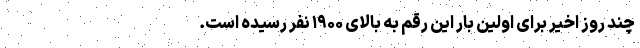
چند روز اخیر برای اولین بار این رقم به بالای ۱۹۰۰ نفر رسیده است.